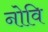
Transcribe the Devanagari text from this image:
नोवि